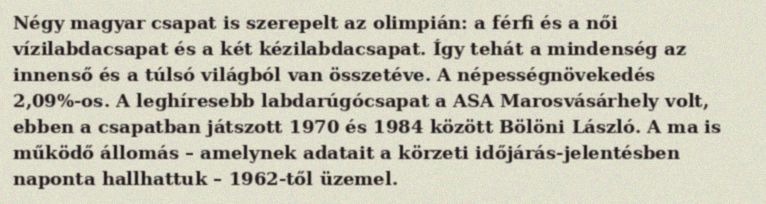
Négy magyar csapat is szerepelt az olimpián: a férfi és a női vízilabdacsapat és a két kézilabdacsapat. Így tehát a mindenség az innenső és a túlsó világból van összetéve. A népességnövekedés 2,09%-os. A leghíresebb labdarúgócsapat a ASA Marosvásárhely volt, ebben a csapatban játszott 1970 és 1984 között Bölöni László. A ma is működő állomás – amelynek adatait a körzeti időjárás-jelentésben naponta hallhattuk – 1962-től üzemel.